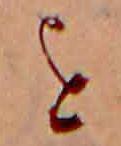
を